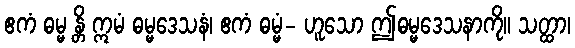
ဧကံ ဓမ္မ န္တိ ဣမံ ဓမ္မဒေသနံ၊ ဧကံ ဓမ္မံ- ဟူသော ဤဓမ္မဒေသနာကို။ သတ္ထာ၊